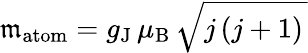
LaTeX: {\mathfrak{m}}_{\mathrm{atom}}=g_{\mathrm{{J}}}\, \mu_{\mathrm{{B}}}\, {\sqrt{j\, (j+1)\, }}